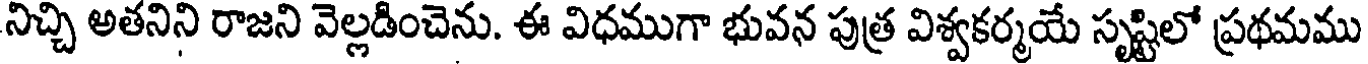
నిచ్చి అతనిని రాజని వెల్లడించెను. ఈ విధముగా భువన పుత్ర విశ్వకర్మయే సృష్టిలో ప్రథమము